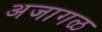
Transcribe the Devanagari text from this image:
अजागळ